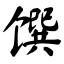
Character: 馔